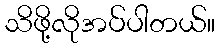
သိဖို့လိုအပ်ပါတယ်။